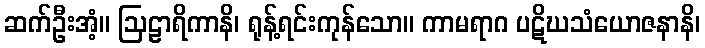
ဆက်ဦးအံ့။ ဩဠာရိကာနိ၊ ရုန့်ရင်းကုန်သော။ ကာမရာဂ ပဋိဃသံယောဇနာနိ၊